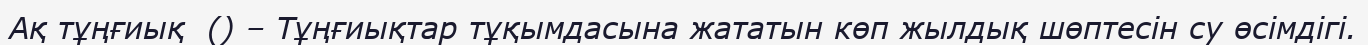
Ақ тұңғиық  () – Тұңғиықтар тұқымдасына жататын көп жылдық шөптесін су өсімдігі.